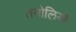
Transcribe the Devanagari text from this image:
तमोलियों